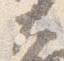
大